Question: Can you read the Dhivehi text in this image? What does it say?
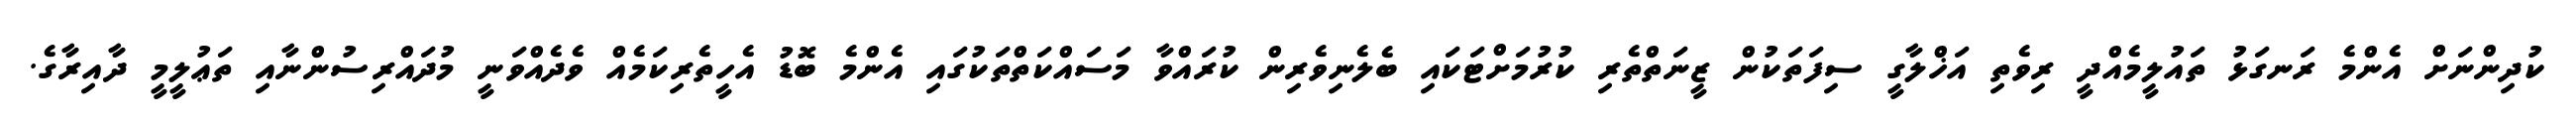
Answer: ކުދިންނަށް އެންމެ ރަނގަޅު ތައުލީމެއްދީ ރިވެތި އަޚްލާގީ ސިފަތަކުން ޒީނަތްތެރި ކުރުމަށްޓަކައި ބެލެނިވެރިން ކުރައްވާ މަސައްކަތްތަކުގައި އެންމެ ބޮޑު އެހީތެރިކަމެއް ވެދެއްވަނީ މުދައްރިސުންނާއި ތަޢުލީމީ ދާއިރާގެ.